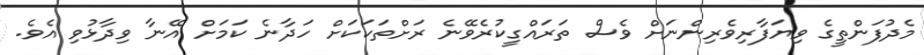
މެދުފަންތީގެ ވިޔަފާރިވެރިންނަށް ވެސް ތަރައްގީކުރެވޭނެ ރަށްތަކަކަށް ހަދާނެ ކަމަށް އޭނާ ވިދާޅުވި އެވެ.